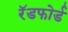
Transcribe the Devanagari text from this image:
रॅडफोर्ड